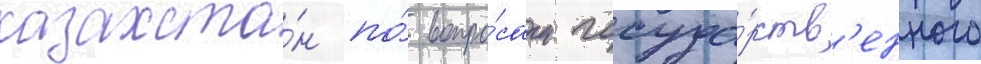
казахста́н по́ вопро́сам госуда́рств'енного